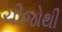
ચીજોથી